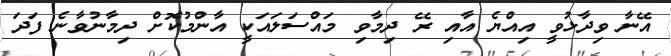
އޭނާ ވިދާޅުވީ އިއްޔެ އާއި ރޭ ދިމާވި މައްސަލައަކީ އާންމުކޮށް ދިމާނުވާނެ ފަދަ